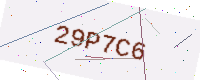
Text: 29P7C6